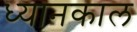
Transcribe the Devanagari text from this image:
ध्यानकाल